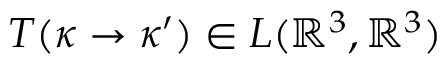
T ( \kappa \to \kappa ^ { \prime } ) \in L ( \mathbb R ^ { 3 } , \mathbb R ^ { 3 } )